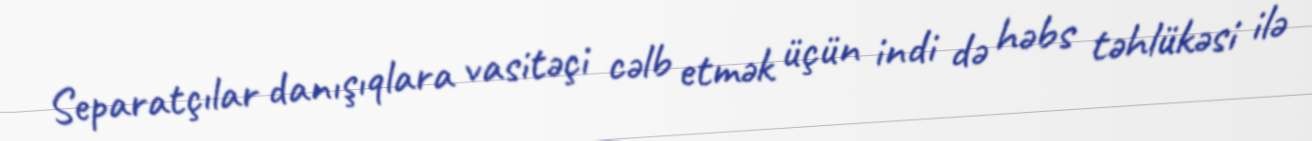
Separatçılar danışıqlara vasitəçi cəlb etmək üçün indi də həbs təhlükəsi ilə